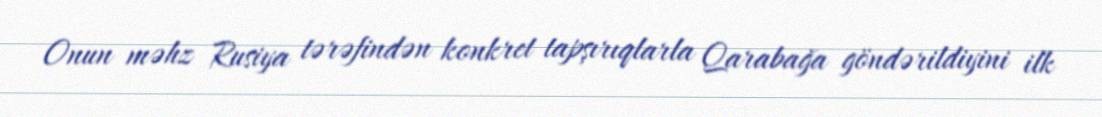
Onun məhz Rusiya tərəfindən konkret tapşırıqlarla Qarabağa göndərildiyini ilk